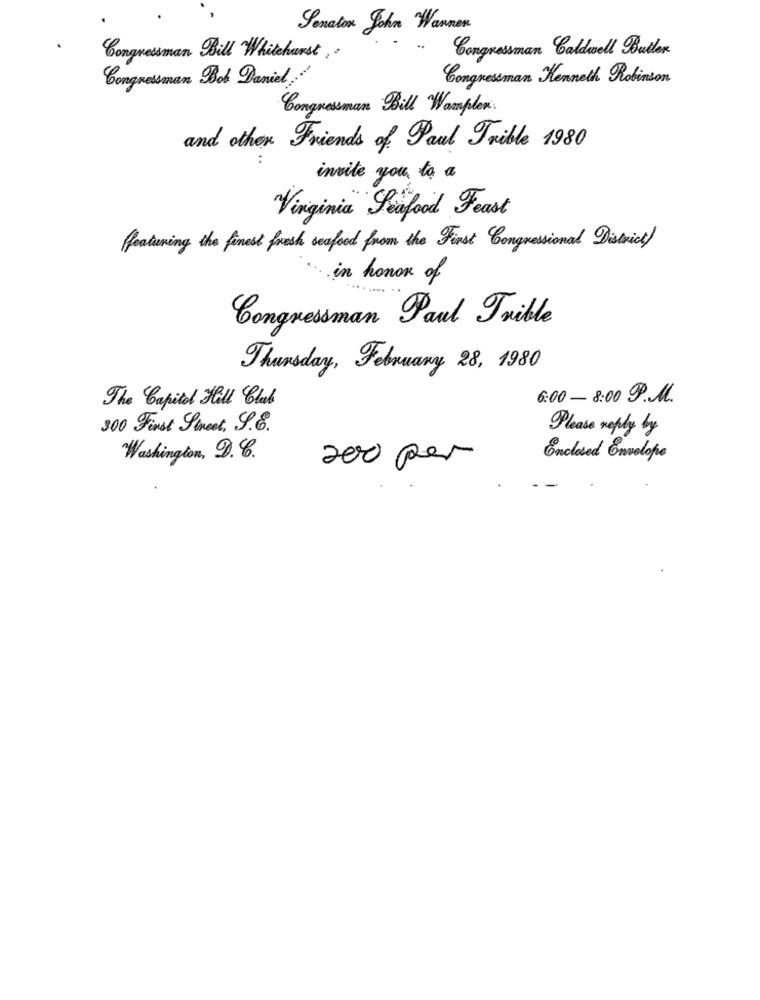
Senator John Wannen
Congressman Caldwell Butler
Congressman Bill "Whitehurst ,
Congressman Bob Daniel
Congressman Kenneth Robinson
Congressman Bill Wampler.
and other Friends of Paul Trible 1980
invite you to a
Virginia Seafood Feast
featuring the finest fresh seafood from the First Congressional District/
in honor of
Congressman Paul Trible
Thursday, February 28, 1980
The Capitol Hill Club
6:00 - 8:00 P.M.
300 Finst Fineet, J ..
Please reply by
Washington, D. C.
200 per
Enclosed Envelope